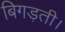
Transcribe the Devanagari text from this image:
बिगड़ती।